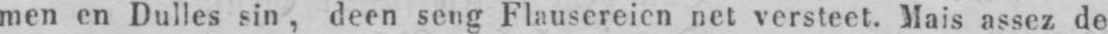
men en Dulles sin, deen seng Flausereien net versteet. Mais assez de